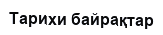
Тарихи байрақтар